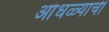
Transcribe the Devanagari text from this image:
आंधळ्याची